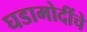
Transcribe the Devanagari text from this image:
घडामोदींचे